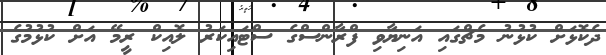
ދެކޮޅަށް ކުޅުނު މެޗްގައި އަނިޔާވި ފްރާންސްގެ ސްޓައިކަރު ލޮއިކް ރީމޭ އަށް ކުޅުމުގެ